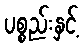
ပစ္စည်းနှင့်